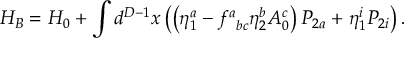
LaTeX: H _ { B } = H _ { 0 } + \int d ^ { D - 1 } x \left( \left( \eta _ { 1 } ^ { a } - f _ { \; \; b c } ^ { a } \eta _ { 2 } ^ { b } A _ { 0 } ^ { c } \right) { \cal P } _ { 2 a } + \eta _ { 1 } ^ { i } { \cal P } _ { 2 i } \right) .